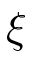
\xi